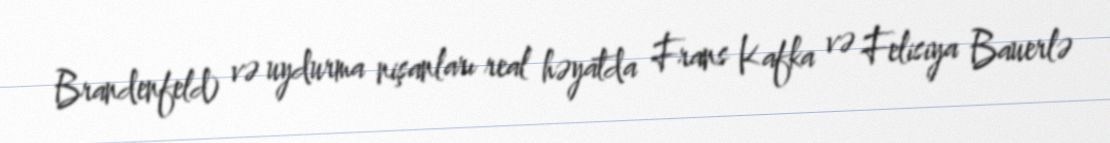
Brandenfeld) və uydurma nişanları real həyatda Frans Kafka və Felisiya Bauerlə